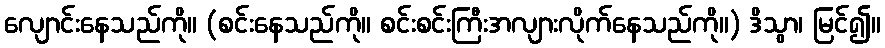
လျောင်းနေသည်ကို။ (စင်းနေသည်ကို။ စင်းစင်းကြီးအလျားလိုက်နေသည်ကို။) ဒိသွာ၊ မြင်၍။